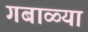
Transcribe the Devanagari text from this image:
गबाळ्या